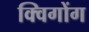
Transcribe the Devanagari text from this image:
क्विगोंग